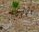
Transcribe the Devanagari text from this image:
६३३२